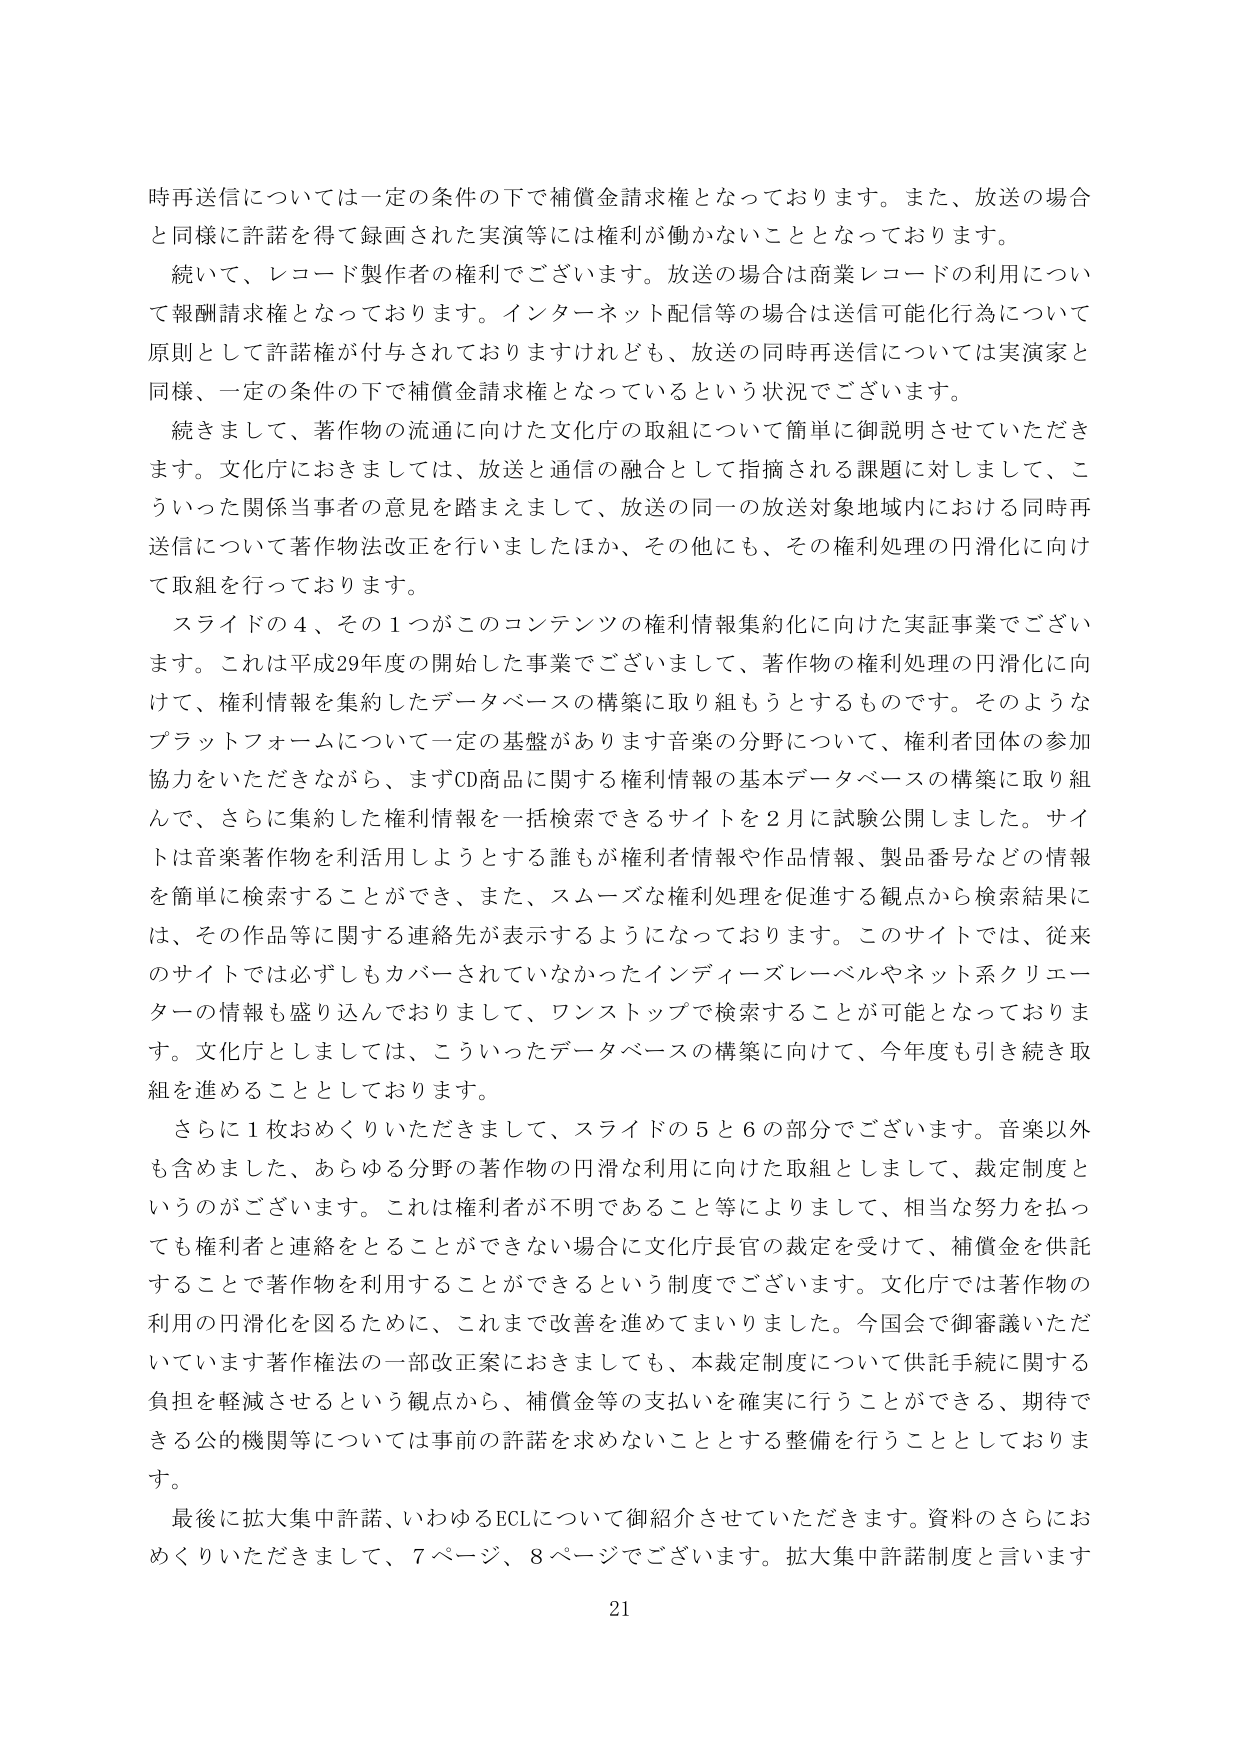
時再送信については一定の条件の下で補償金請求権となっております。また、放送の場合と同様に許諾を得て録画された実演等には権利が働かないこととなっております。

続いて、レコード製作者の権利でございます。放送の場合は商業レコードの利用について報酬請求権となっております。インターネット配信等の場合は送信可能化行為について原則として許諾権が付与されておりますけれども、放送の同時再送信については実演家と同様、一定の条件の下で補償金請求権となっているという状況でございます。

続きまして、著作物の流通に向けた文化庁の取組について簡単に御説明させていただきます。文化庁におきましては、放送と通信の融合として指摘される課題に対しまして、こういった関係当事者の意見を踏まえまして、放送の同一の放送対象地域内における同時再送信について著作物法改正を行いましたほか、その他にも、その権利処理の円滑化に向けた取組を行っております。

スライドの４、その１つがこのコンテンツの権利情報集約化に向けた実証事業でございます。これは平成29年度の開始した事業でございまして、著作物の権利処理の円滑化に向けて、権利情報を集約したデータベースの構築に取り組もうとするものです。そのようなプラットフォームについて一定の基盤があります音楽の分野について、権利者団体の参加協力をいただきながら、まずCD商品に関する権利情報の基本データベースの構築に取り組んで、さらに集約した権利情報を一括検索できるサイトを２月に試験公開しました。サイトは音楽著作物を利活用しようとする誰もが権利者情報や作品情報、製品番号などの情報を簡単に検索することができ、また、スムーズな権利処理を促進する観点から検索結果には、その作品等に関する連絡先が表示するようになっております。このサイトでは、従来のサイトでは必ずしもカバーされていなかったインディーズレーベルやネット系クリエーターの情報も盛り込んでおりまして、ワンストップで検索することが可能となっております。文化庁としましては、こういったデータベースの構築に向けて、今年度も引き続き取組を進めることとしております。

さらに１枚おめくりいただきまして、スライドの５と６の部分でございます。音楽以外も含めました、あらゆる分野の著作物の円滑な利用に向けた取組としまして、裁定制度というのがございます。これは権利者が不明であること等によりまして、相当な努力を払っても権利者と連絡をとることができない場合に文化庁長官の裁定を受けて、補償金を供託することで著作物を利用することができるという制度でございます。文化庁では著作物の利用の円滑化を図るために、これまで改善を進めてまいりました。今国会で御審議いただいています著作権法の一部改正案におきましても、本裁定制度について供託手続に関する負担を軽減させるという観点から、補償金等の支払いを確実に行うことができる、期待できる公的機関等については事前の許諾を求めないこととする整備を行うこととしております。

最後に拡大集中許諾、いわゆるECLについて御紹介させていただきます。資料のさらにおめくりいただきまして、７ページ、８ページでございます。拡大集中許諾制度と言います

21